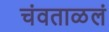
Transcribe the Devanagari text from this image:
चंवताळलं